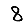
Digit: 8